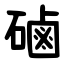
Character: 磠